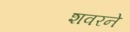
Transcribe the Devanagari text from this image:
शवरने